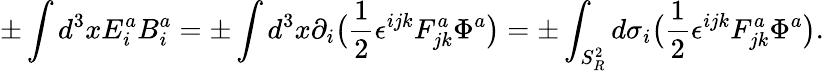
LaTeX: \pm\int d^{3}xE_{i}^{a}B_{i}^{a}=\pm\int d^{3}x\partial_{i}\big({\frac{1}{2}}\epsilon^{ijk}F_{jk}^{a}\Phi^{a}\big)=\pm\int_{S_{R}^{2}}d\sigma_{i}\big({\frac{1}{2}}\epsilon^{ijk}F_{jk}^{a}\Phi^{a}\big).